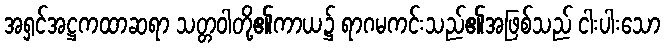
အရှင်အဋ္ဌကထာဆရာ သတ္တဝါတို့၏ကာယ၌ ရာဂမကင်းသည်၏အဖြစ်သည် ငါးပါးသော